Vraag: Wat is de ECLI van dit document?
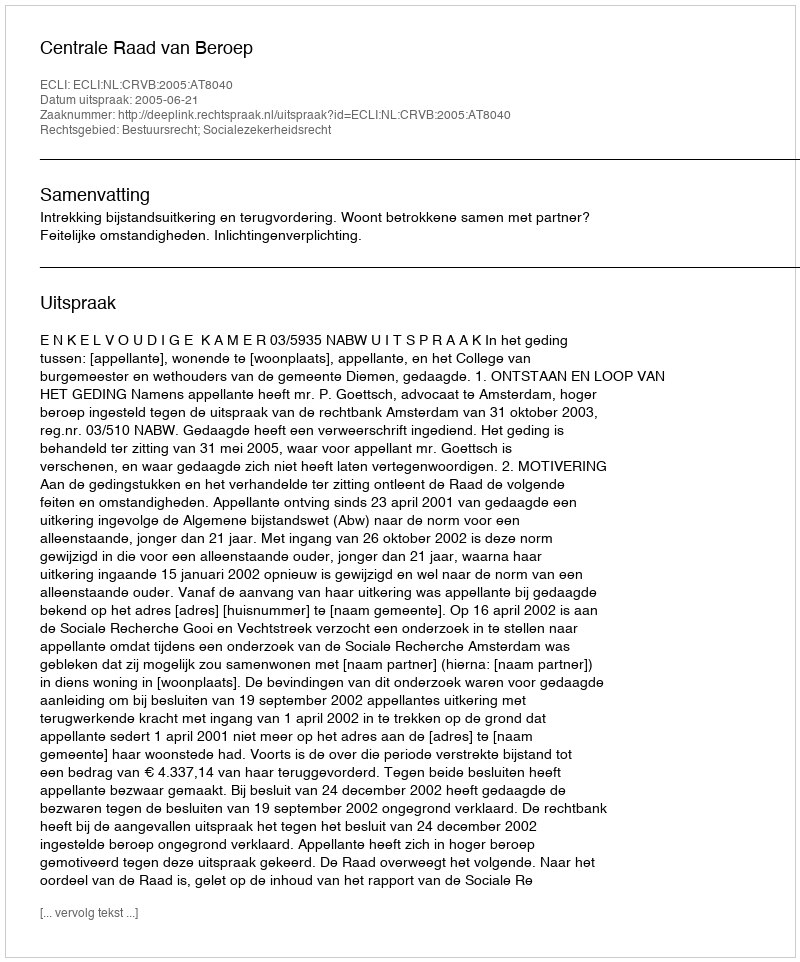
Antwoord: ECLI:NL:CRVB:2005:AT8040